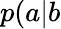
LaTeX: p(a|b